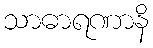
သာဓာရဏာနိ